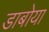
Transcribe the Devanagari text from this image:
डाबोया